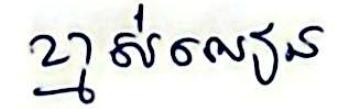
ខ្មាស់អៀន